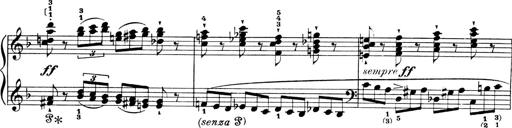
Title: 4 Sonatines
Composer: Max Reger